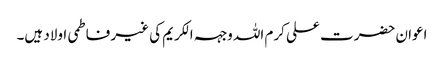
اعوان حضرت علی کرم اللہ وجہہ الکریم کی غیر فاطمی اولاد ہیں۔